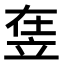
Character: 𥩴